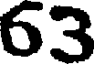
63